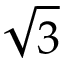
\sqrt { 3 }